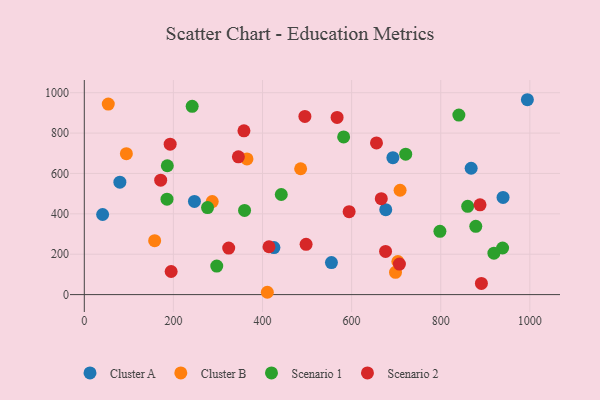
{"axis": {"x": "Engine Size", "y": "Rating"}, "legend": ["Cluster A", "Cluster B", "Scenario 1", "Scenario 2"], "data": [{"x": "425.6", "y": 233.0, "type": "Cluster A"}, {"x": "692.6", "y": 678.0, "type": "Cluster A"}, {"x": "41.1", "y": 396.6, "type": "Cluster A"}, {"x": "994.5", "y": 965.2, "type": "Cluster A"}, {"x": "868.3", "y": 625.7, "type": "Cluster A"}, {"x": "554.7", "y": 158.6, "type": "Cluster A"}, {"x": "939.9", "y": 481.4, "type": "Cluster A"}, {"x": "79.8", "y": 556.8, "type": "Cluster A"}, {"x": "247.2", "y": 461.6, "type": "Cluster A"}, {"x": "676.6", "y": 420.6, "type": "Cluster A"}, {"x": "410.8", "y": 11.5, "type": "Cluster B"}, {"x": "157.9", "y": 266.9, "type": "Cluster B"}, {"x": "703.8", "y": 163.9, "type": "Cluster B"}, {"x": "365.1", "y": 672.0, "type": "Cluster B"}, {"x": "708.8", "y": 516.9, "type": "Cluster B"}, {"x": "485.6", "y": 623.4, "type": "Cluster B"}, {"x": "94.4", "y": 698.2, "type": "Cluster B"}, {"x": "53.8", "y": 943.8, "type": "Cluster B"}, {"x": "698.5", "y": 110.1, "type": "Cluster B"}, {"x": "287.1", "y": 460.8, "type": "Cluster B"}, {"x": "860.5", "y": 437.2, "type": "Scenario 1"}, {"x": "840.7", "y": 889.4, "type": "Scenario 1"}, {"x": "798.2", "y": 313.2, "type": "Scenario 1"}, {"x": "442.1", "y": 495.8, "type": "Scenario 1"}, {"x": "242.1", "y": 932.6, "type": "Scenario 1"}, {"x": "276.6", "y": 430.9, "type": "Scenario 1"}, {"x": "582.1", "y": 781.0, "type": "Scenario 1"}, {"x": "721.4", "y": 695.4, "type": "Scenario 1"}, {"x": "185.6", "y": 472.7, "type": "Scenario 1"}, {"x": "186.3", "y": 638.2, "type": "Scenario 1"}, {"x": "938.9", "y": 230.9, "type": "Scenario 1"}, {"x": "359.7", "y": 416.8, "type": "Scenario 1"}, {"x": "919.4", "y": 205.4, "type": "Scenario 1"}, {"x": "878.7", "y": 338.1, "type": "Scenario 1"}, {"x": "297.3", "y": 141.1, "type": "Scenario 1"}, {"x": "891.3", "y": 55.1, "type": "Scenario 2"}, {"x": "324.1", "y": 230.2, "type": "Scenario 2"}, {"x": "194.9", "y": 114.5, "type": "Scenario 2"}, {"x": "497.8", "y": 249.2, "type": "Scenario 2"}, {"x": "707.3", "y": 151.0, "type": "Scenario 2"}, {"x": "676.2", "y": 213.8, "type": "Scenario 2"}, {"x": "495.1", "y": 882.3, "type": "Scenario 2"}, {"x": "888.2", "y": 444.6, "type": "Scenario 2"}, {"x": "666.6", "y": 475.3, "type": "Scenario 2"}, {"x": "358.3", "y": 811.3, "type": "Scenario 2"}, {"x": "414.5", "y": 236.9, "type": "Scenario 2"}, {"x": "192.7", "y": 745.1, "type": "Scenario 2"}, {"x": "655.8", "y": 751.0, "type": "Scenario 2"}, {"x": "567.4", "y": 877.6, "type": "Scenario 2"}, {"x": "345.8", "y": 682.6, "type": "Scenario 2"}, {"x": "594.4", "y": 410.7, "type": "Scenario 2"}, {"x": "171.4", "y": 566.8, "type": "Scenario 2"}]}